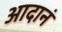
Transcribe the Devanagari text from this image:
आदानं